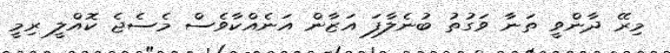
މިރޭ ދާންވީ ތަނާ ވަގުތު ބުނެލާފަ އަޒާން އަނެއްކާވެސް މެސެޖެ ކޮއްލީ ރިމީ